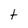
Character: t